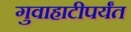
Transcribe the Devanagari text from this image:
गुवाहाटीपर्यंत